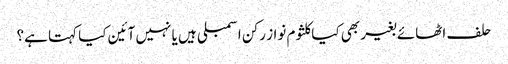
حلف اٹھائے بغیر بھی کیاکلثوم نواز رکن اسمبلی ہیں یا نہیں آئین کیا کہتا ہے؟